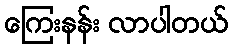
ကြေးနန်း လာပါတယ်